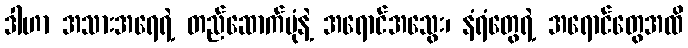
ဒါဟာ အသားအရေရဲ့ တည်ဆောက်ပုံနဲ့ အရောင်အသွေး၊ နံရံတွေရဲ့ အရောင်တွေအထိ